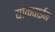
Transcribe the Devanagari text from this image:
योकवाईन